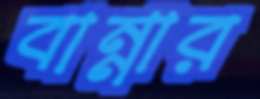
বান্নার